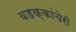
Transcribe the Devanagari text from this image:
वडक्कांचेरी